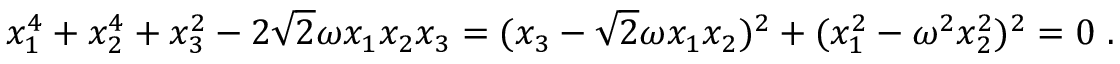
x _ { 1 } ^ { 4 } + x _ { 2 } ^ { 4 } + x _ { 3 } ^ { 2 } - 2 \sqrt { 2 } \omega x _ { 1 } x _ { 2 } x _ { 3 } = ( x _ { 3 } - \sqrt { 2 } \omega x _ { 1 } x _ { 2 } ) ^ { 2 } + ( x _ { 1 } ^ { 2 } - \omega ^ { 2 } x _ { 2 } ^ { 2 } ) ^ { 2 } = 0 \ .